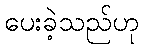
ပေးခဲ့သည်ဟု